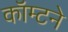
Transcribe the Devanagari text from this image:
कॉम्टने